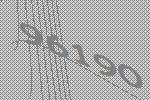
96190